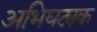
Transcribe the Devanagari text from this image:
अभिघट्यक